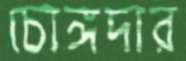
চোঙ্গদার